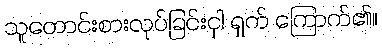
သူတောင်းစားလုပ်ခြင်းငှါ ရှက် ကြောက်၏။